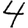
Digit: 4